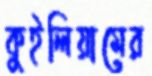
কুইলিয়ামের